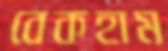
বেকহাম